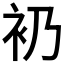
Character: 𧘌